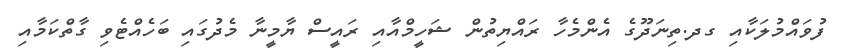
ފުވައްމުލަކާއި ގދ.ތިނަދޫގެ އެންމެހާ ރައްޔިތުން ޝަހީމްއާއި ރައީސް ޔާމީނާ މެދުގައި ބަހެއްޓެވި ގާތްކަމާއި